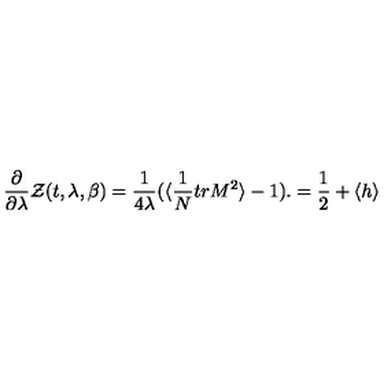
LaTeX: { \frac { \partial } { \partial \lambda } } { \cal Z } ( t , \lambda , \beta ) = { \frac { 1 } { 4 \lambda } } ( \langle { \frac { 1 } { N } } t r M ^ { 2 } \rangle - 1 ) . = { \frac { 1 } { 2 } } + \langle h \rangle